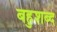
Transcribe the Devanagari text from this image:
बहुशब्द